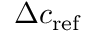
\Delta c _ { \mathrm { { r e f } } }